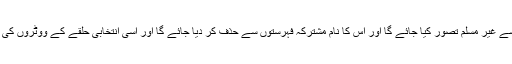
اس حلف نامے پر دستخط کرنے سے انکار کی صورت میں اسے غیر مسلم تصور کیا جائے گا اور اس کا نام مشترکہ فہرستوں سے حذف کر دیا جائے گا اور اسی انتخابی حلقے کے ووٹروں کی ضمنی فہرست میں بطور غیر مسلم کے درج کر دیا جائے گا۔